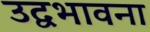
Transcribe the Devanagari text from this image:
उद्वभावना